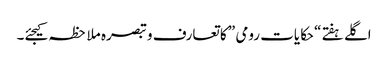
اگلے ہفتے “حکایات رومی ” کا تعارف و تبصرہ ملاحظہ کیجئے۔